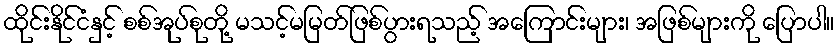
ထိုင်းနိုင်ငံနှင့် စစ်အုပ်စုတို့ မသင့်မမြတ်ဖြစ်ပွားရသည့် အကြောင်းများ၊ အဖြစ်များကို ပြောပါ။